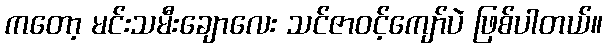
ကတော့ မင်းသမီးချောလေး သင်ဇာဝင့်ကျော်ပဲ ဖြစ်ပါတယ်။